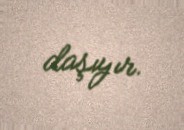
daşıyır.